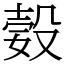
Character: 㜌